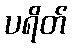
ပရိတ်